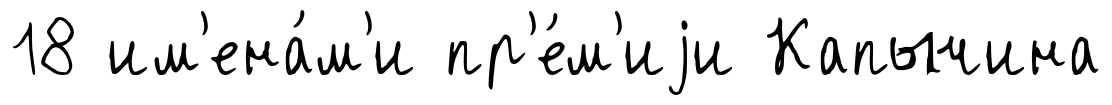
18 им'ена́м'и пр'е́м'иjи Капычина